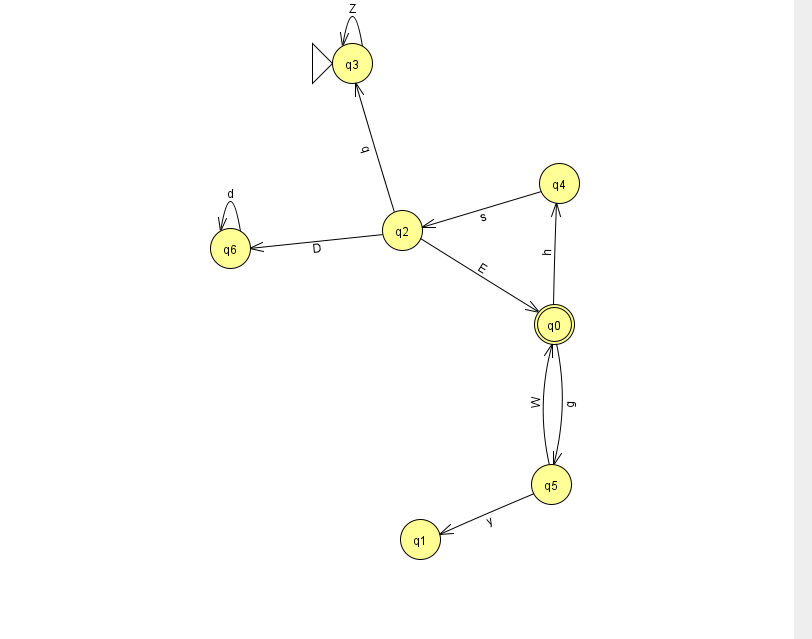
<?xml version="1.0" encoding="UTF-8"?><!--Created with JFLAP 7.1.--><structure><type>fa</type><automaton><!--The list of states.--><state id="0" name="q0"><x>554.0</x><y>311.0</y><final/></state><state id="1" name="q1"><x>420.0</x><y>526.0</y></state><state id="2" name="q2"><x>402.0</x><y>217.0</y></state><state id="3" name="q3"><x>352.0</x><y>50.0</y><initial/></state><state id="4" name="q4"><x>559.0</x><y>170.0</y></state><state id="5" name="q5"><x>551.0</x><y>471.0</y></state><state id="6" name="q6"><x>230.0</x><y>235.0</y></state><!--The list of transitions.--><transition><from>4</from><to>2</to><read>s</read></transition><transition><from>2</from><to>0</to><read>E</read></transition><transition><from>6</from><to>6</to><read>d</read></transition><transition><from>2</from><to>6</to><read>D</read></transition><transition><from>3</from><to>3</to><read>Z</read></transition><transition><from>0</from><to>5</to><read>g</read></transition><transition><from>2</from><to>3</to><read>q</read></transition><transition><from>5</from><to>0</to><read>W</read></transition><transition><from>0</from><to>4</to><read>h</read></transition><transition><from>5</from><to>1</to><read>y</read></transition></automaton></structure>